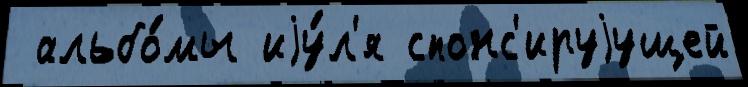
 альбо́мы иjу́л'я спонс'ируjущей